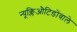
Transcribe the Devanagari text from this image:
न्यूक्लिऔटिडोंवाले